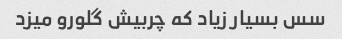
سس بسیار زیاد که چربیش گلورو میزد